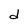
Character: d